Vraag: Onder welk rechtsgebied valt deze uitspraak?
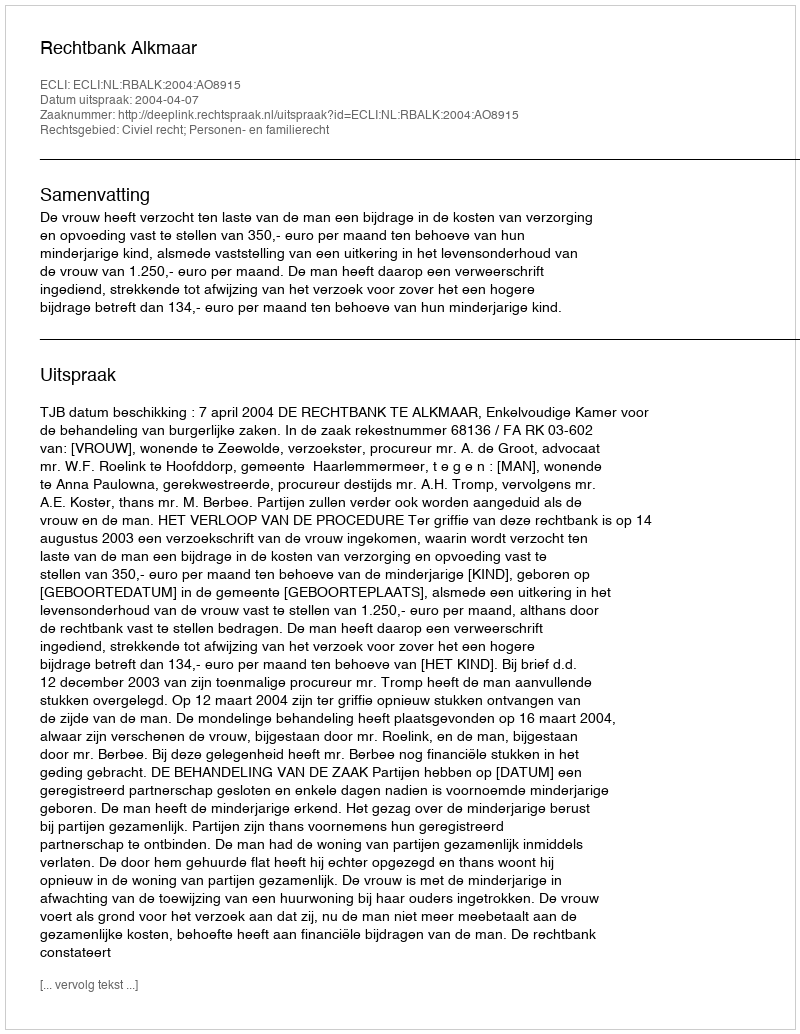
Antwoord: Civiel recht; Personen- en familierecht